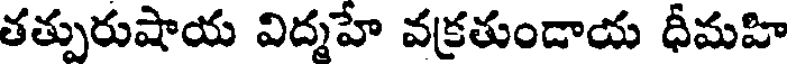
తత్పురుషాయ విద్నహే వక్రతుండాయ ధీమహి